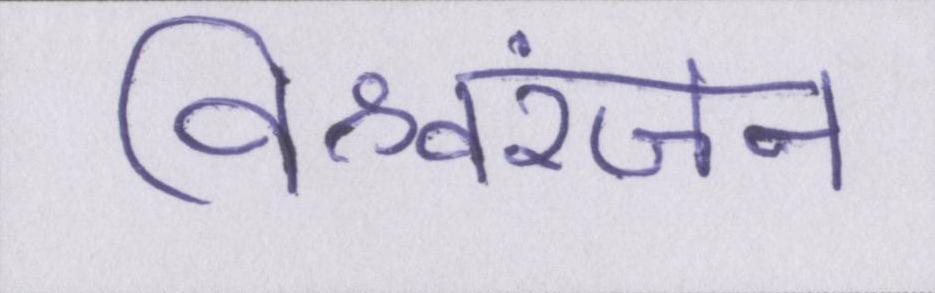
विश्वरंजन